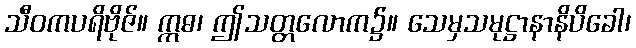
သီဝကပရိဗိုဇ်။ ဣဓ၊ ဤသတ္တလောက၌။ သေမှသမုဋ္ဌာနာနိပိခေါ၊